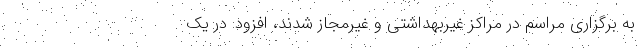
به برگزاری مراسم در مراکز غیربهداشتی و غیرمجاز شدند، افزود: در یک